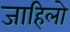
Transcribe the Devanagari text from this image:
जाहिलो